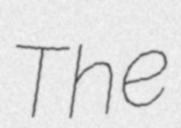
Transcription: The